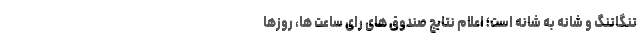
تنگاتنگ و شانه به شانه است؛ اعلام نتایج صندوق های رای ساعت ها، روزها